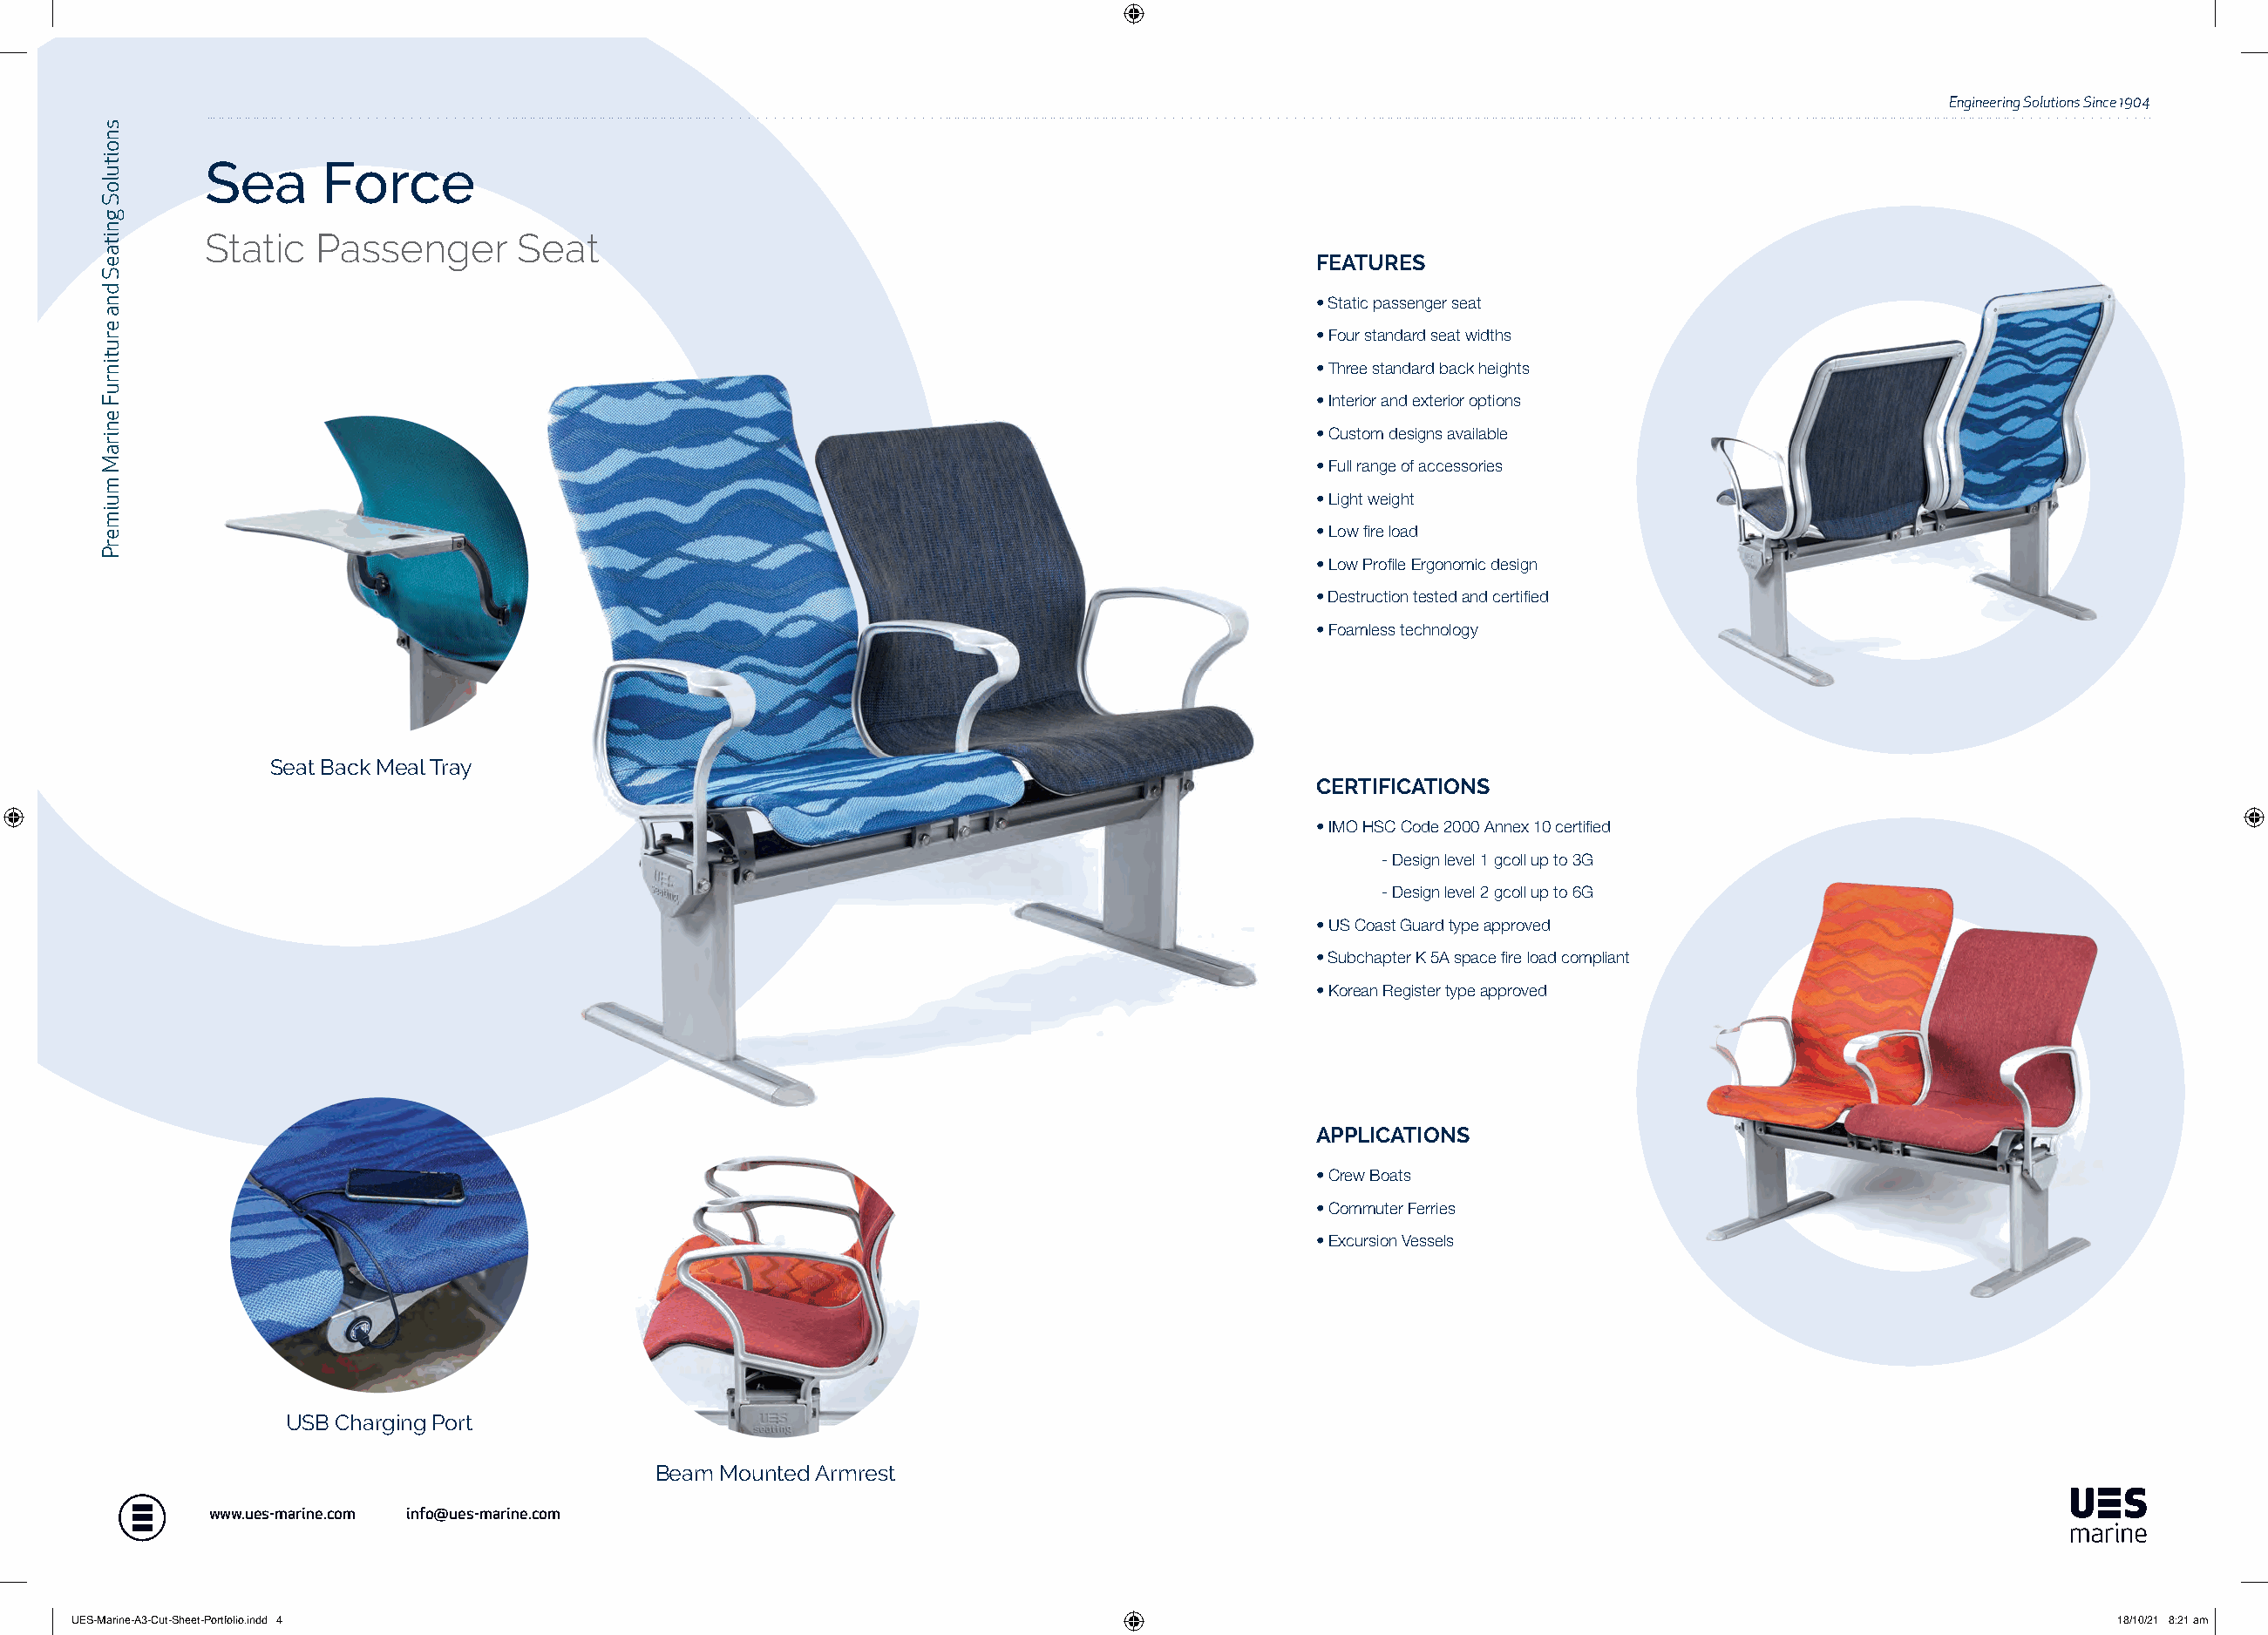
Engineering Solutions Since 1904
 Sea     Force
 Static  Passenger      Seat
 FEATURES
 • Static passenger seat
 • Four standard seat widths
 • Three standard back heights
 • Interior and exterior options
 • Custom designs available
 • Full range of accessories
 • Light weight
 • Low fire load
 • Low Profile Ergonomic design
 • Destruction tested and certified
 • Foamless technology
 Seat Back Meal Tray
 CERTIFICATIONS
 • IMO HSC Code 2000 Annex 10 certified
 - Design level 1 gcoll up to 3G
 - Design level 2 gcoll up to 6G
 • US Coast Guard type approved
 • Subchapter K 5A space fire load compliant
 • Korean Register type approved
 APPLICATIONS
 • Crew Boats
 • Commuter Ferries
 • Excursion Vessels
 USB Charging Port
 Beam Mounted Armrest
 www.ues-marine.com info@ues-marine.com
 UUEESS--MMaarriinnee--AA33--CCuutt--SShheeeett--PPoorrttffoolliioo..iinndddd 44                                                                             1188//1100//2211 88::2211 aamm
 snoituloS
 gnitaeS
 dna
 erutinruF
 eniraM
 muimerP